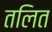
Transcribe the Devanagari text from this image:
तलित